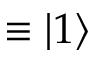
\equiv | 1 \rangle